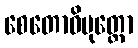
စေတောဝိမုတ္တော